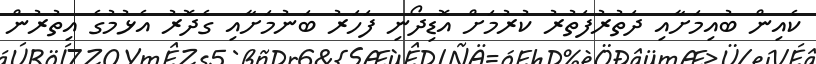
ކެއިން ބުއިމަށާއި ދަތުރުފަތުރު ކުރުމަށް އޮޑިދޯނި ފަހަރު ބަނުމަށާއި ގެދޮރު އެޅުމުގެ އިތުރުން